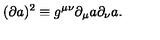
( \partial a ) ^ { 2 } \equiv g ^ { \mu \nu } \partial _ { \mu } a \partial _ { \nu } a .